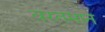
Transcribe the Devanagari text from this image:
वरतमान